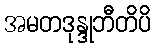
အမတဒုန္ဒုဘီတိပိ